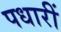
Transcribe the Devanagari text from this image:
पधारीं